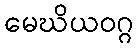
မေဃိယဝဂ္ဂ